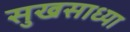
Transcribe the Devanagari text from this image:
सुखसाध्या